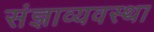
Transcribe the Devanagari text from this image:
संज्ञाव्यवस्था